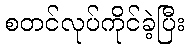
စတင်လုပ်ကိုင်ခဲ့ပြီး